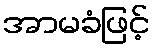
အာမခံဖြင့်